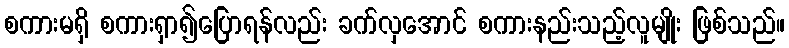
စကားမရှိ စကားရှာ၍ပြောရန်လည်း ခက်လှအောင် စကားနည်းသည့်လူမျိုး ဖြစ်သည်။